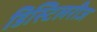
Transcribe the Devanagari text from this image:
डिस्टिलरीज